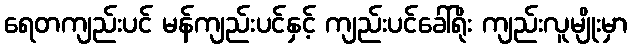
ရေတကျည်းပင် မန်ကျည်းပင်နှင့် ကျည်းပင်ခေါ်ရိုး ကျည်းလူမျိုးမှာ